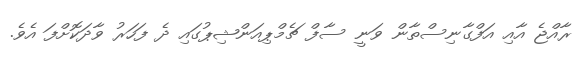
ރާއްޖެ އާއި އަފްގާނިސްތާން ވަނީ ސާފް ޗެމްޕިއަންޝިޕުގައި ދެ ފަހަރު ވާދަކޮށްފަ އެވެ.